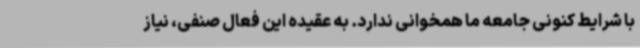
با شرایط کنونی جامعه ما همخوانی ندارد. به عقیده این فعال صنفی، نیاز